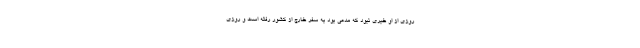
روزی از او خبری نبود که مدعی بود به سفر خارج از کشور رفته است و روزی